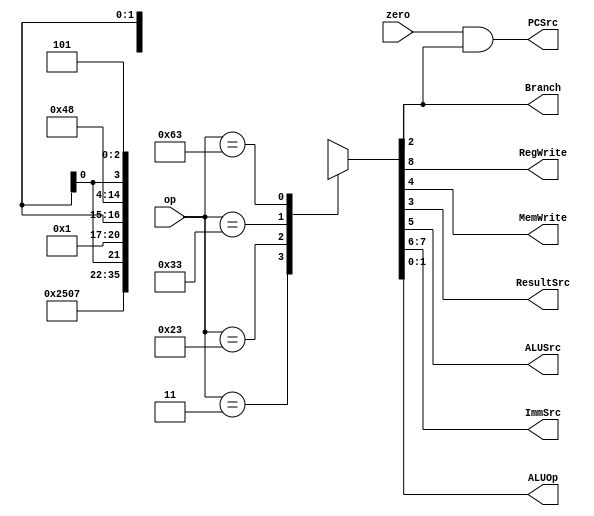
module mainDec(op,zero,RegWrite,MemWrite,ResultSrc,ALUSrc,ImmSrc,ALUOp,PCSrc,Branch);
input [6:0] op;
input zero;
output RegWrite,MemWrite,ResultSrc,ALUSrc,PCSrc,Branch;
output [1:0] ImmSrc,ALUOp;

reg [8:0] control_signals;

assign {RegWrite,ImmSrc,ALUSrc,MemWrite,ResultSrc,Branch,ALUOp}=control_signals; 

assign PCSrc = zero & Branch;

always @(*) begin
    casez (op)
    7'b0000011:control_signals <= 9'b1_00_1_0_1_0_00;
    7'b0100011:control_signals <= 9'b0_01_1_1_x_0_00;
    7'b0110011:control_signals <= 9'b1_xx_0_0_0_0_10;
    7'b1100011:control_signals <= 9'b0_10_0_0_x_1_01;
    default : control_signals <=9'bxxxxxxxxx;       
    endcase
end
endmodule